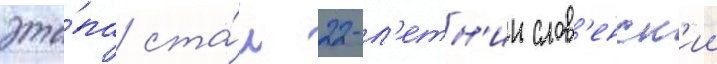
эта́па ста́л 22-л'етн'ии слов'енск'ии